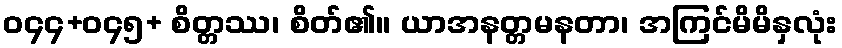
ဝ၄၄+ဝ၄၅+ စိတ္တဿ၊ စိတ်၏။ ယာအနတ္တမနတာ၊ အကြင်မိမိနှလုံး